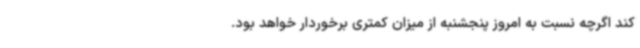
کند اگرچه نسبت به امروز پنجشنبه از میزان کمتری برخوردار خواهد بود.